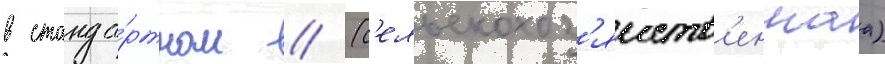
в станда́ртном // (с'ельскохоз'яиств'еннаа)